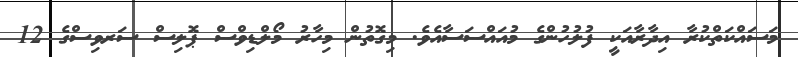
މަސައްކަތްކުރާ އިދާރާއަކީ ފުލުހުންގެ މުއައްސަސާއެވެ. މިގޮތުން މިހާރު މޯލްޑިވްސް ޕޮލިސް ސަރވިސްގެ 12